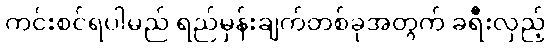
ကင်းစင်ရပါမည် ရည်မှန်းချက်တစ်ခုအတွက် ခရီးလှည့်